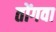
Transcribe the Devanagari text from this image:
तोंगवा